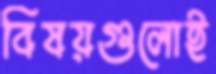
বিষয়গুলোই